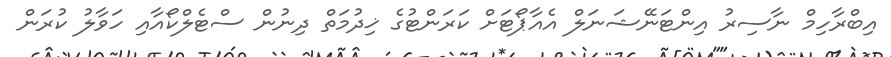
އިބްރާހިމް ނާސިރު އިންޓަނޭޝަނަލް އެއާޕޯޓަށް ކަރަންޓުގެ ޚިދުމަތް ދިނުން ސްޓެލްކޯއާއި ހަވާލު ކުރަން